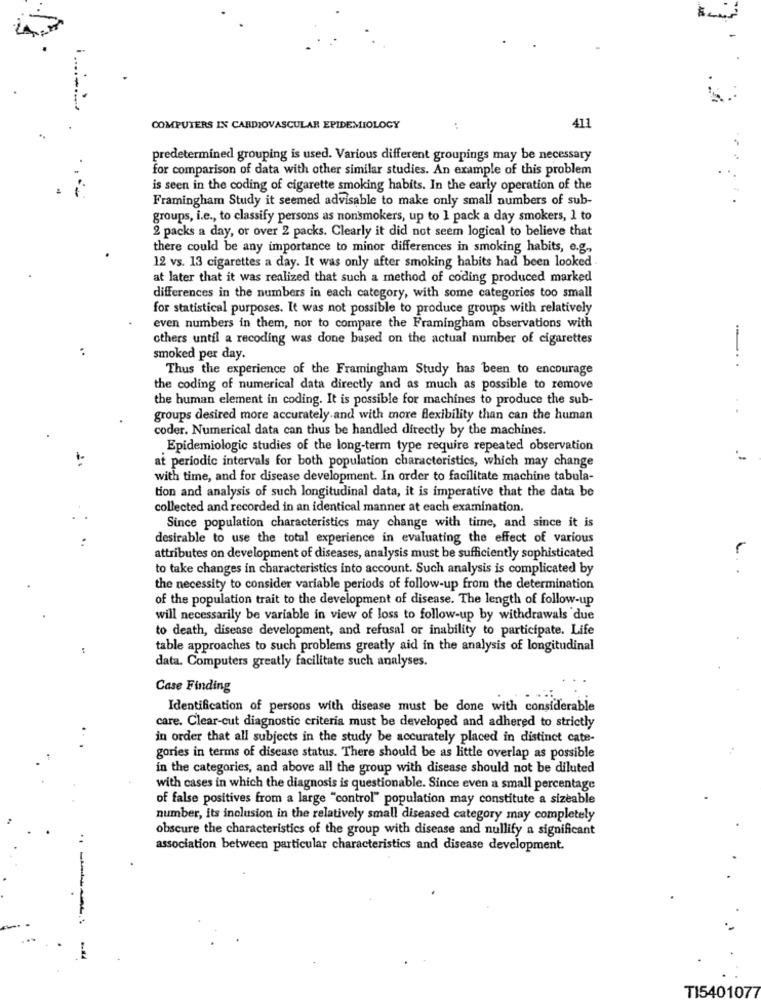
COMPUTERS IN CARDIOVASCULAR EPIDEMIOLOGY
..
411
predetermined grouping is used. Various different groupings may be necessary
for comparison of data with other similar studies. An example of this problem
is seen in the coding of cigarette smoking habits. In the early operation of the
Framingham Study it seemed advisable to make only small numbers of sub-
.
groups, i.e ., to classify persons as nonsmokers, up to 1 pack a day smokers, 1 to
2 packs a day, or over 2 packs. Clearly it did not seem logical to believe that
there could be any importance to minor differences in smoking habits, e.g .,
12 vs. 13 cigarettes a day. It was only after smoking habits had been looked .
at later that it was realized that such a method of coding produced marked
differences in the numbers in each category, with some categories too small
for statistical purposes. It was not possible to produce groups with relatively
even numbers in them, nor to compare the Framingham observations with
others until a recoding was done based on the actual number of cigarettes
smoked per day.
Thus the experience of the Framingham Study has been to encourage
....
the coding of numerical data directly and as much as possible to remove
the human element in coding. It is possible for machines to produce the sub-
groups desired more accurately and with more flexibility than can the human
coder. Numerical data can thus be handled directly by the machines.
Epidemiologic studies of the long-term type require repeated observation
at periodic intervals for both population characteristics, which may change
with time, and for disease development. In order to facilitate machine tabula-
tion and analysis of such longitudinal data, it is imperative that the data be
collected and recorded in an identical manner at each examination.
Since population characteristics may change with time, and since it is
desirable to use the total experience in evaluating the effect of various
attributes on development of diseases, analysis must be sufficiently sophisticated
to take changes in characteristics into account. Such analysis is complicated by
the necessity to consider variable periods of follow-up from the determination
of the population trait to the development of disease. The length of follow-up
will necessarily be variable in view of loss to follow-up by withdrawals due
to death, disease development, and refusal or inability to participate. Life
table approaches to such problems greatly aid in the analysis of longitudinal
data. Computers greatly facilitate such analyses.
Case Finding
Identification of persons with disease must be done with considerable
care. Clear-cut diagnostic criteria must be developed and adhered to strictly
in order that all subjects in the study be accurately placed in distinct cate-
gories in terms of disease status. There should be as little overlap as possible
in the categories, and above all the group with disease should not be diluted
with cases in which the diagnosis is questionable. Since even a small percentage
of false positives from a large "control" population may constitute a sizeable
number, its inclusion in the relatively small diseased category may completely
obscure the characteristics of the group with disease and nullify a significant
association between particular characteristics and disease development.
TI5401077